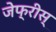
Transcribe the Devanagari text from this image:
जेफ्रीस्